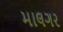
માલગર